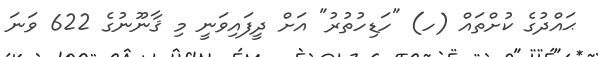
ޙައްދުގެ ކުށްތައް (ހ) "ހަޑިހުތުރު" އަށް ދީފައިވަނީ މި ޤާނޫނުގެ 622 ވަނަ